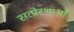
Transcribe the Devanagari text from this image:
सत्प्रेरणाओं